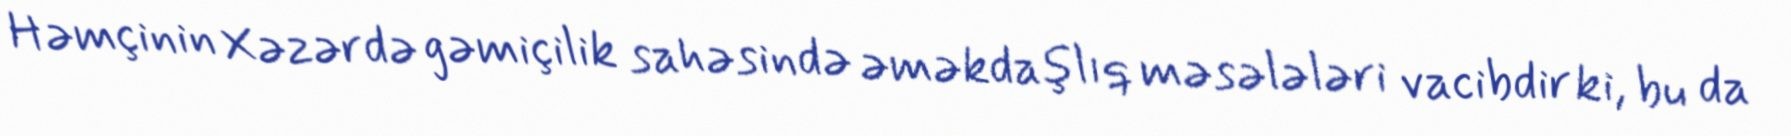
Həmçinin Xəzərdə gəmiçilik sahəsində əməkdaşlıq məsələləri vacibdir ki, bu da